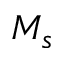
M _ { s }